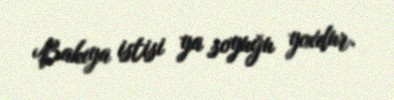
Bakıya istisi ya soyuğu yoxdur.